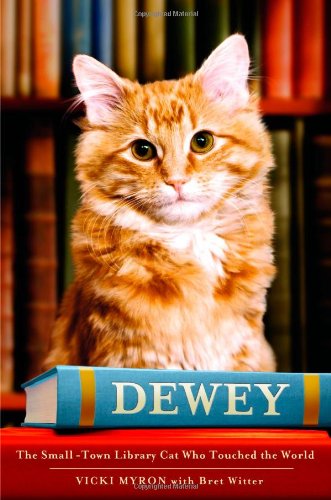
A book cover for Dewey: The Small-Town Library Cat Who Touched the World; Vicki Myron; Biographies & Memoirs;